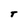
Character: T